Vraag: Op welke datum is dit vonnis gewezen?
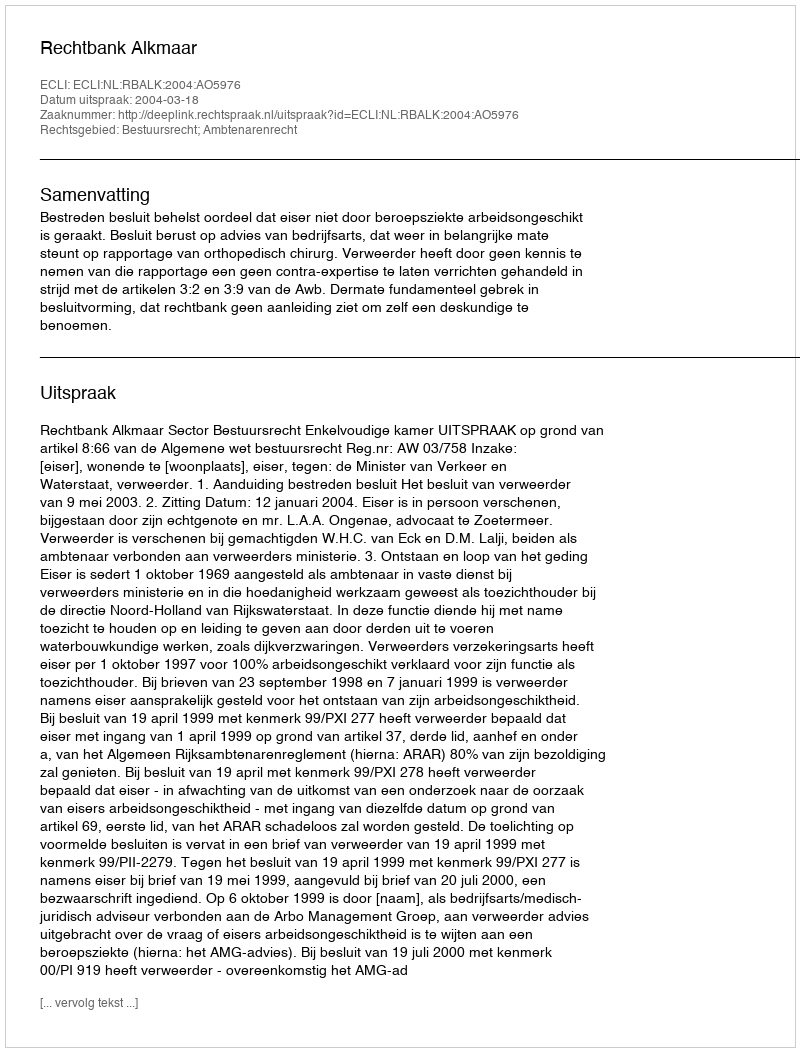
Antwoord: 2004-03-18